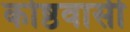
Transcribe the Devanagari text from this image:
कोष्ठवासी